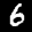
Label: 6